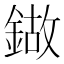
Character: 𰽁